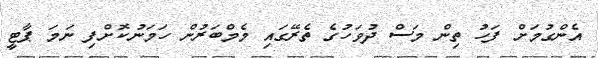
އެންގުމަށް ފަހު ތިން މަސް ދުވަހުގެ ތެރޭގައި މެމްބަރުން ހަމަނުކޮށްފި ނަމަ ޕާޓީ